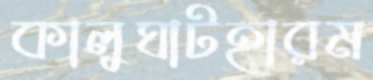
কালুঘাটহারম